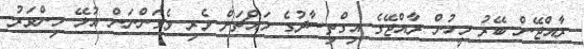
ރާއްޖޭން ބޭރު މީހުން ރާއްޖޭގެ އިގްތިސާދުގެ މައްޗަށް ވެރި ވެގަންނަން އުޅޭ މިންވަރު